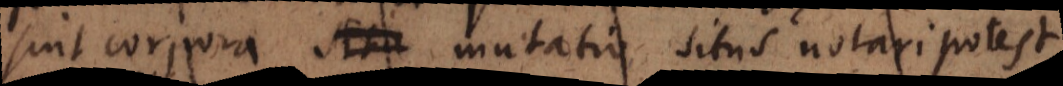
sint corpora situ mutatio situs notari potest.